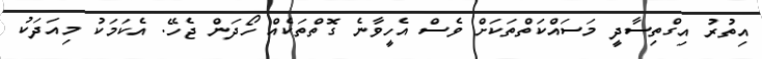
އިތުރު އިގްތިސާދީ މަސައްކަތްތަކަށް ވެސް އެހީވާނެ ގޮތްތަކެއް ހޯދަން ޖެހޭ. އެކަމަކު މިއަދަކު